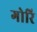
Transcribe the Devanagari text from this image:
गोरि